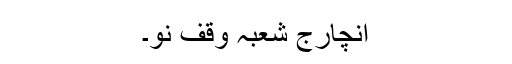
انچارج شعبہ وقف نو۔